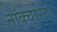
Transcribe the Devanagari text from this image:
नॉक्चूरिया